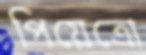
পিয়েত্রো